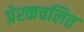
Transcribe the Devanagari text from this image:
प्रेरकचलित